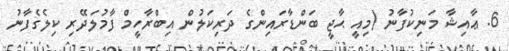
6. ޢާއިޝާ މަނިކުފާނު (މިއީ ޙާޖީ ބަންޑާރައިންގެ ދަރިކަލުން އިބްރާހީމް ފާމުލަދޭރި ކިލެގެފާނު